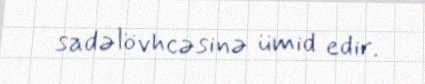
sadəlövhcəsinə ümid edir.